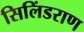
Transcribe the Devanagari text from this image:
सिलिंडराण